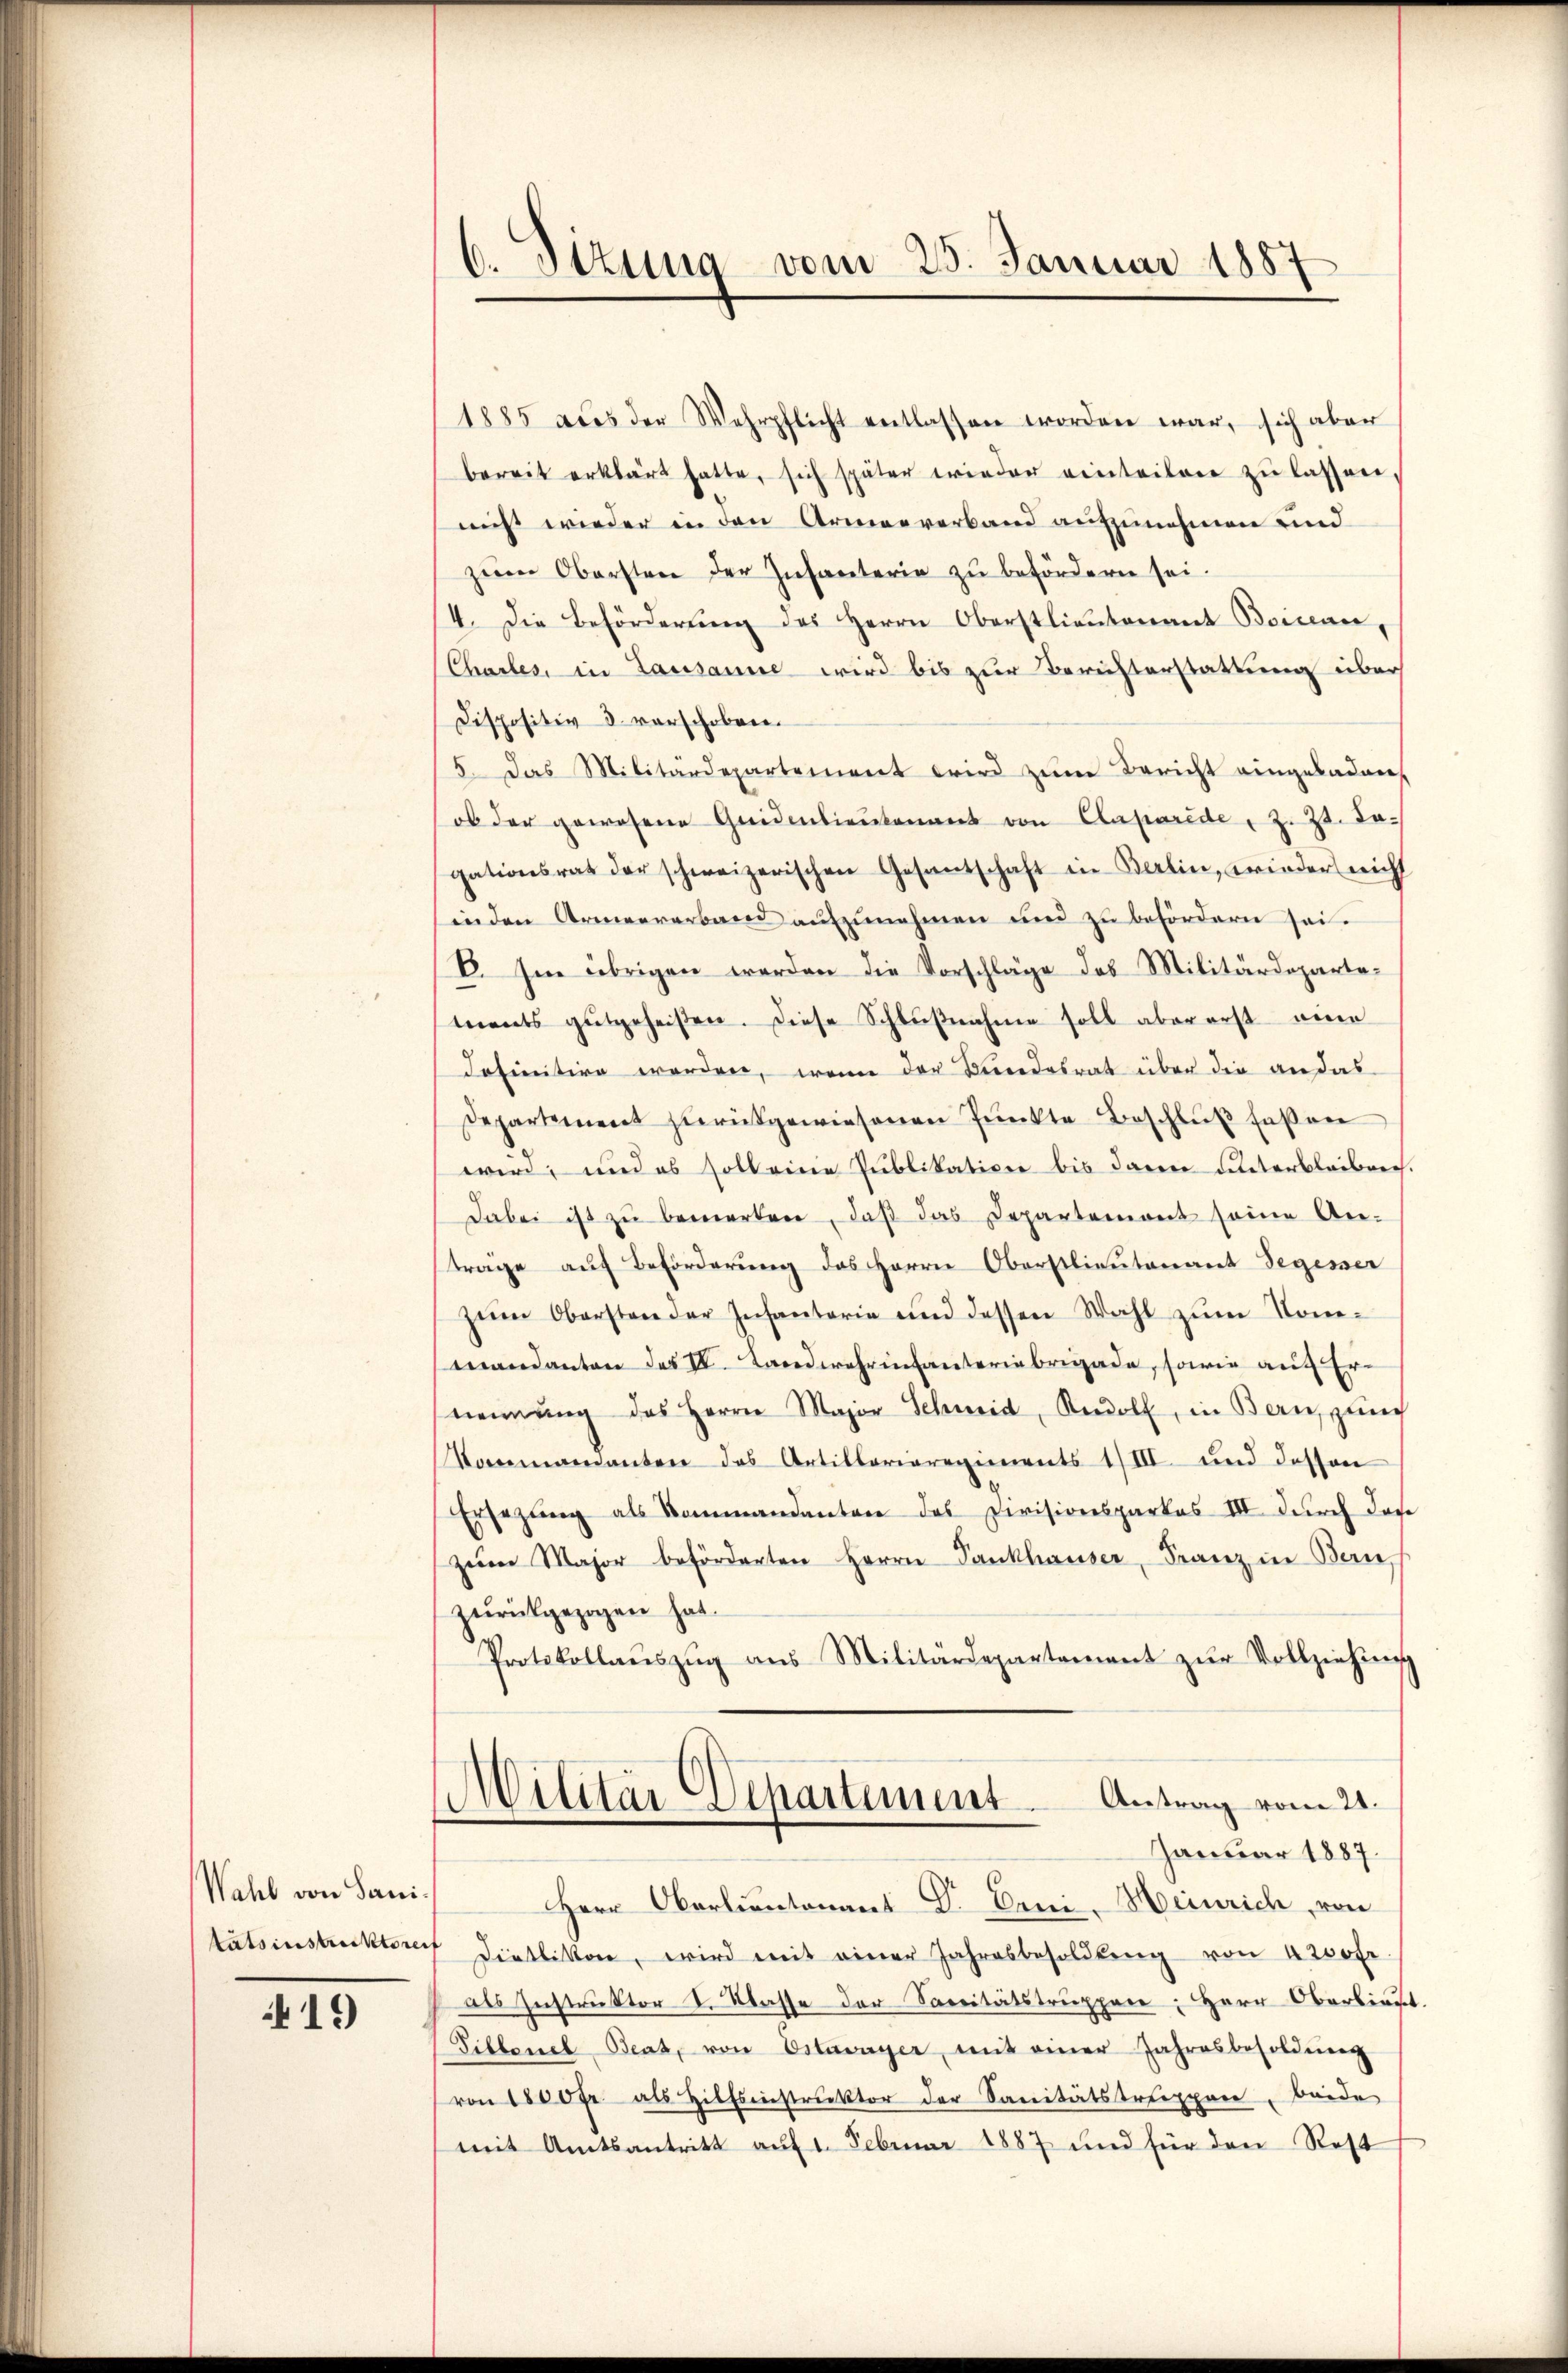
Wahl von Sanitatsinstrecktorei

19

6. Sizung vom 25. Januar 1887

1885 aus der Wehrpflicht entlassen worden war, sich aber
bereit erklärt hatte, sich später wieder einteiler zu lassen,
nicht wieder in den Armenverband aufzunehmen und
zum Obersten der Infanterie zu befördern sei.
4. Die Beförderŭng des Herrn Oberstlieutenant Boran,
Chartes, in Lausanne wird bis zur Berichterstattung über
Dispositiv d. verschoben.
5. Das Militärdepartement wird zŭm Bericht eingebadere
ob der gewesene Guidentienkenant von Caparide, 2. 23. Jagationsrat der schweizerischen Gesantschaft in Berlin, wieder nich
in den Armeererband aufzunehmen und zu befördern sei.
E. Im übrigen werden die Vorschläge des Militärdepartements gutgeheißen. Diese Schlŭβnahme soll aber erst eine
definitive werden, wenn der Bundesrat über die andas
Departement zurückgewiesenen Punkte Beschluß faßen
wird, und es soll eine Publikation bis dann unterbleiben
Dabei ist zu bemerken, daß das Departemont seine An-
träge auch Beförderung des Herrn Oberstlieutenant Segesser
zum Obersten der Infantarie und dessen Wahl zŭm Kom-
mandanten des III. Landwehrinfanteriebrigade, sowie auf Ernennung des Herrn Major Schmid, Rudolf, in Bern punc
Kommandanten das Artillariaregiments 1/III und dessen
Ersezung als Kommandanten des Divisionsparkas III. dŭrch das
zum Major beförderten Herrn Pankhauser, Franz in Bern
zurückgezogen hat.
Protokollaŭszŭg ans Militärdepartement zŭr Vollziehŭng
Antrag vom 21.
Militär Departement
Januar 1887.
Herr Oberlantenant Dr. Erni, Heinrich, von
" Dietlikon, wird mit einer Jahresbesoldung von 4200fr.
als Instruktor I. Klasse der Saccitätstruppen: Herr Oberbind
Pillene Beat, von Ostavayer, mit einer Jahresbesoldŭng
von 1800 fr. als Hilfsinstruktor der Sanitätstreppen, beide
mit Amtsantritt auf 1. Februar 1887 und für den Rest